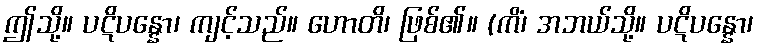
ဤသို့။ ပဋိပန္နော၊ ကျင့်သည်။ ဟောတိ၊ ဖြစ်၏။ (ကိံ၊ အဘယ်သို့။ ပဋိပန္နော၊